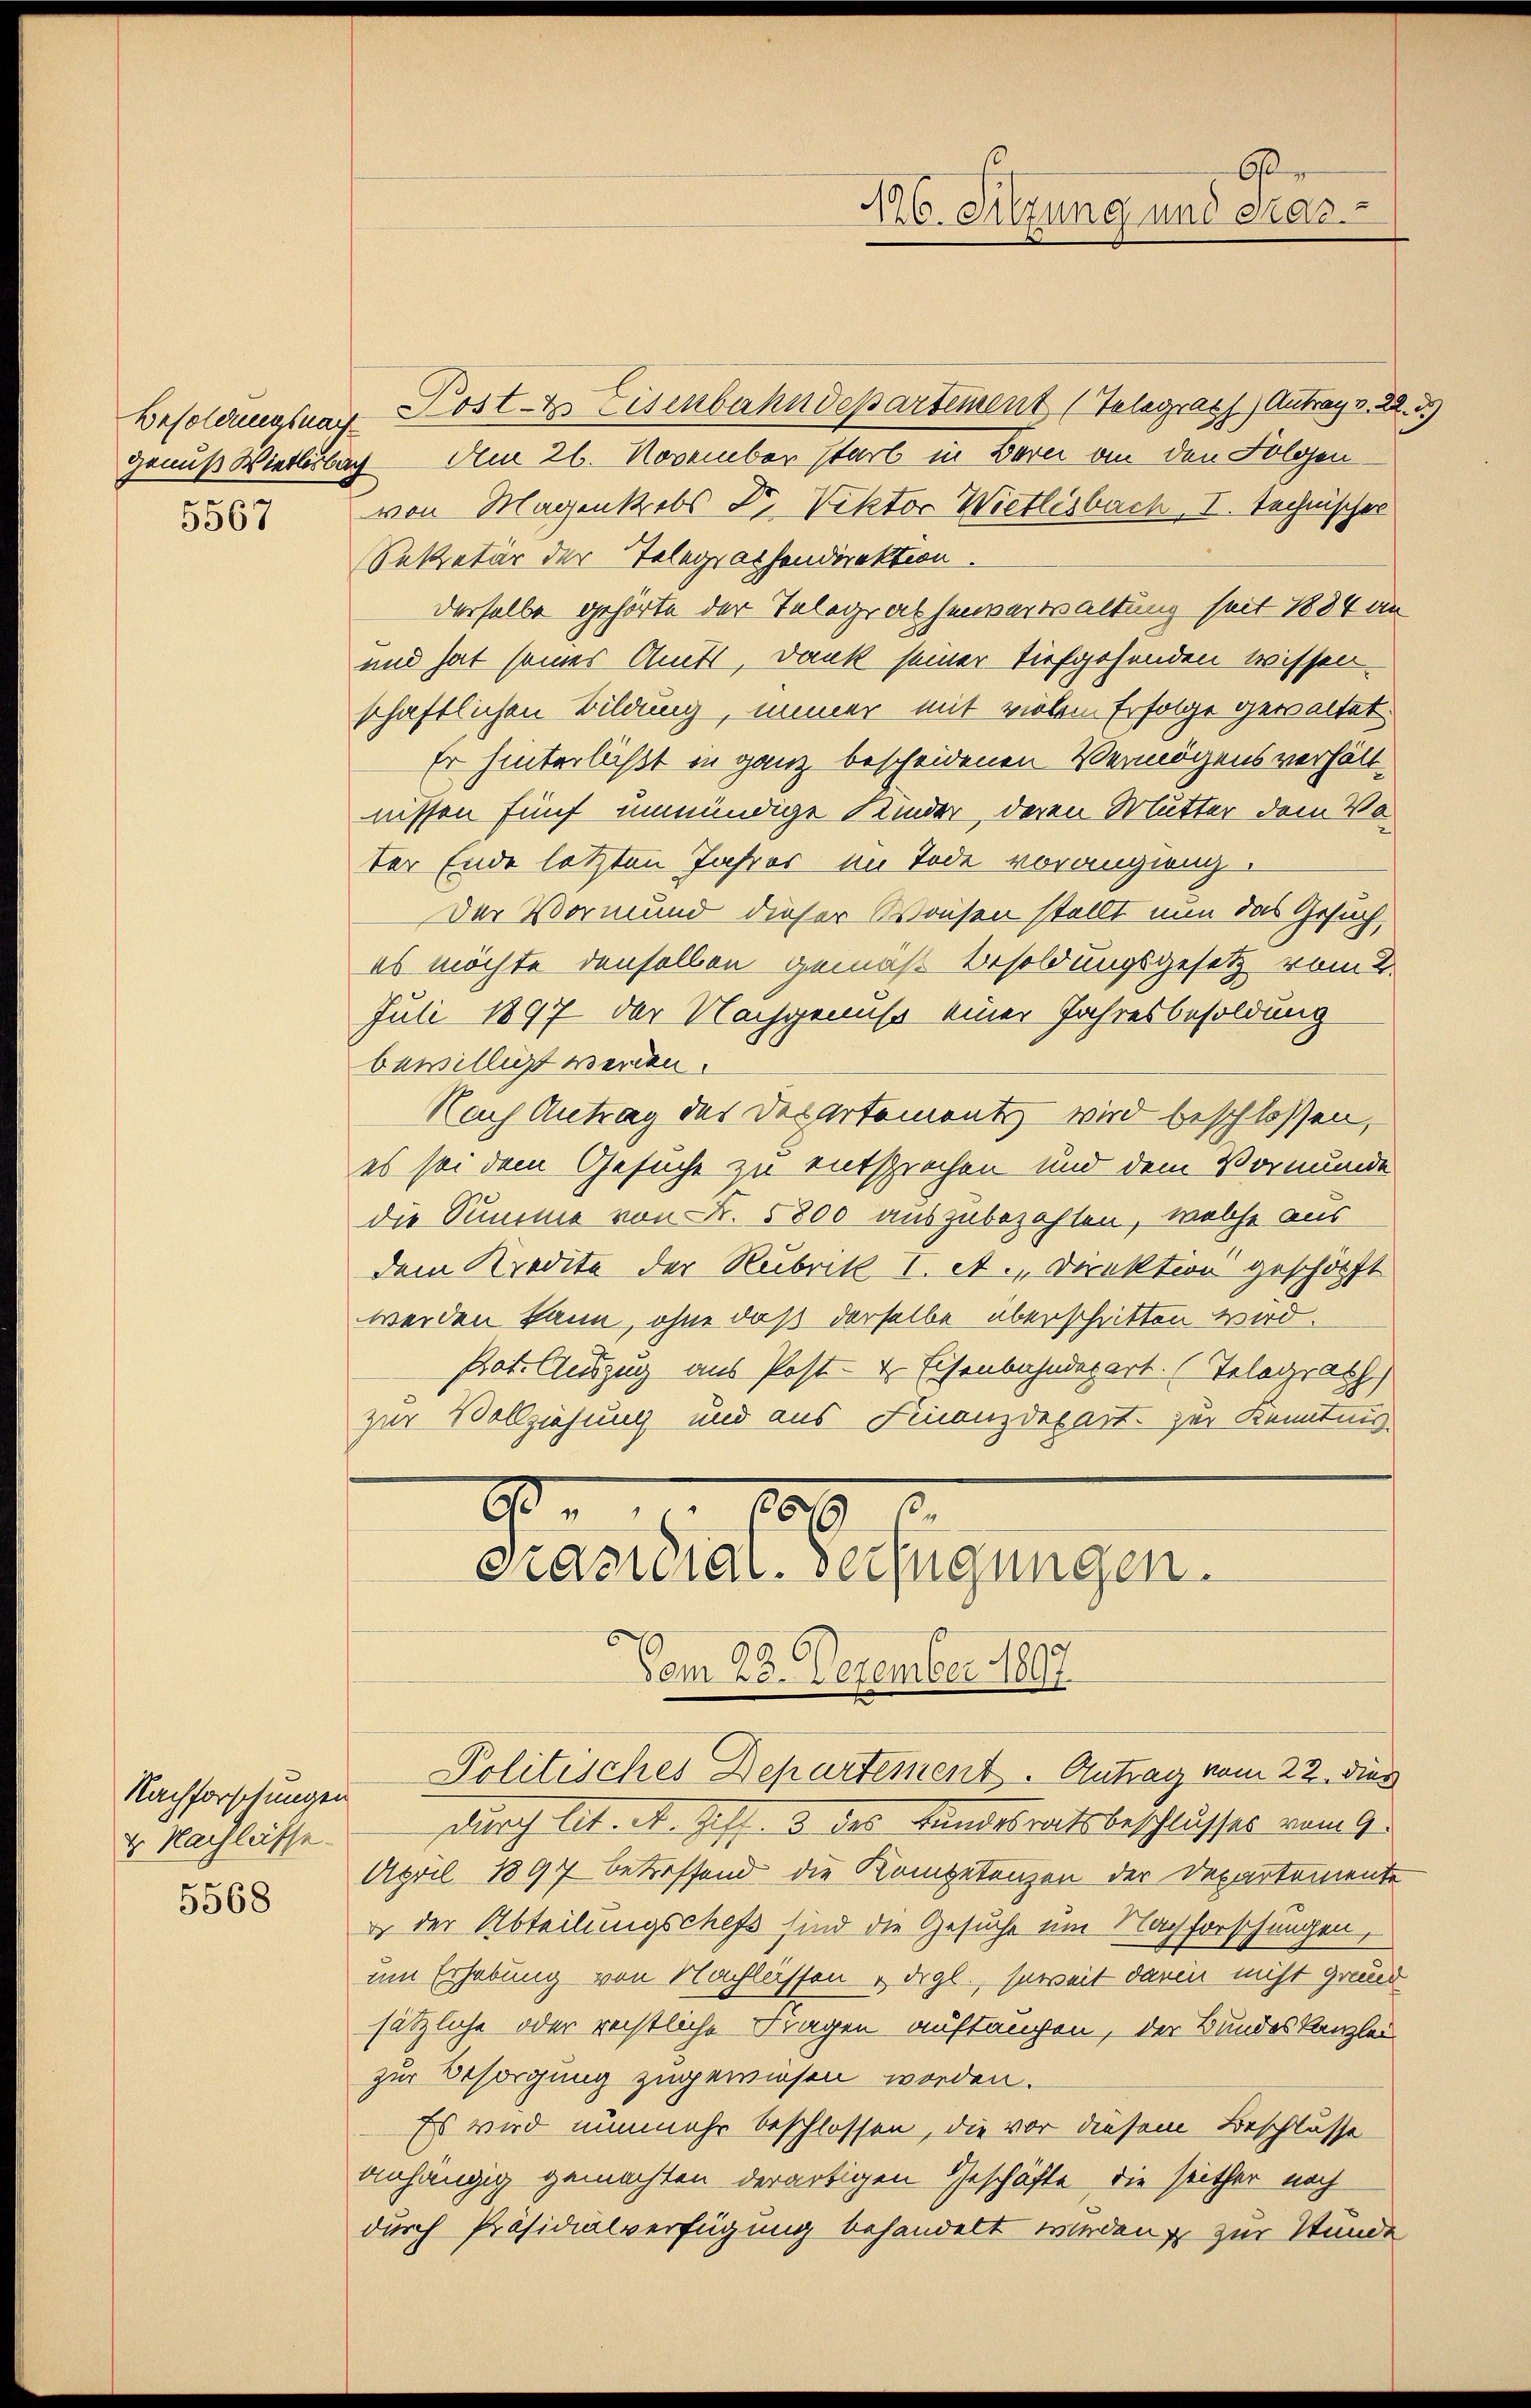
5567

Nachforschungen
4. Nachlasse.

5568

Besoldungsnach Post- & Eisenbahndepartement (Telegrath Antrag v. 22. 3.)
genuß Wietlibach Am 26. November starb in Bern an den Folgenvon Magenkrebs Dr. Viktor Wietlisbach, I. technischer
Sekretär der Telegrathendirektion.
derselbe gehörte der Telegrathenverwaltung seit 1884 an
und hat seines Amts, Dank seiner tiefgehenden wissen
schaftlichen Bildung, immer mit vielen Erfolge gewaltet
Er hinterläßt in ganz bescheidenen Vermögensverhält-
nissen fünf unmündige Kinder, deren Mutter dem Vo
ter Ende letzten Jahres im Tode voranging
Der Vormund dieser Waisen stellt nun das Gesuch
es möchte denselben gemäß Besoldungsgesetz vom 2.
Juli 1897 der Nachgenuß einer Jahresbesoldung
bewilligt werden.
Nach Antrag des derartement, wird beschlossen,
es sei dem Gesuche zu entsprechen und dem Vormunde
die Summe von Fr. 5800 auszubezahlen, welche aus
dem Kredite der Rubrik I. A., Direktion geschöpft
werden kann, ohne daß derselbe überschritten wird.
Prat. Auszug aus Post- & Eisenbahndepart. (Telegrath
zur Vollziehung und aus Finanzdepart zur Kenntnis
6 000
präsidial-Verfügungen.
99 C
Vom 28. Dezember 1897
Politisches Departement - Antrag vom 22. dies
durch lit. d. Soff. 3 das Landesratsbeschlusses vom 9.
April 1897 betreffend die Kompetenzen der Departemente
 der Abteilungschefs sind die Gesuche um Nachforschungen,
um Erhebung von Nachlassen u. drgl., soweit darin nicht grund
sätzliche oder rechtliche Fragen auftauchen, der Bundeskanzlei
zur Besorgung zugewiesen worden.
Es wird nunmehr beschlossen, die vor diesem Beschlusse
anhängig gemachten derartigen Geschäfte die seither noch
durch Präsidialverfügung behandelt werden, zur Stunde

be
126. Sitzung und das